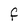
Character: F